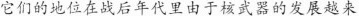
它们的地位在战后年代里由于核武器的发展越来